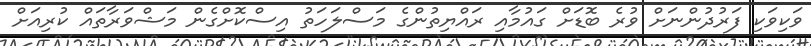
ވަކިވަކި ފަރުދުންނަށް ވުރެ ބޮޑަށް ގައުމާއި ރައްޔިތުންގެ މަސްލަހަތު އިސްކޮށްގެން މަޝްވަރާތައް ކުރިއަށް